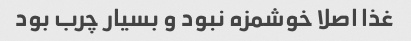
غذا اصلا خوشمزه نبود و بسیار چرب بود